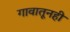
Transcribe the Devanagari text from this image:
गावातूनही